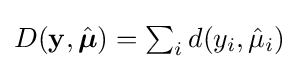
{\textstyle D(\mathbf {y} ,{\hat {\boldsymbol {\mu }}})=\sum _{i}d(y_{i},{\hat {\mu }}_{i})}